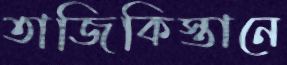
তাজিকিস্তানে